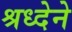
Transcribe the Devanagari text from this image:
श्रध्देने